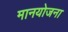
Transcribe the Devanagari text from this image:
मानयोजना